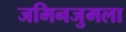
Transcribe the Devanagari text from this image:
जमिनजुमला